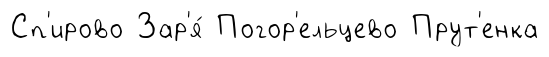
Сп'ирово Зар'я́ Погор'ельцево Прут'енка